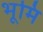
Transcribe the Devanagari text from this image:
भूमि